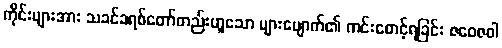
ကိုင်းများအား သခင်ခရစ်တော်တည်းဟူသော များပျောက်၏ ကင်းစောင့်ရခြင်း ဇဝေဇဝါ